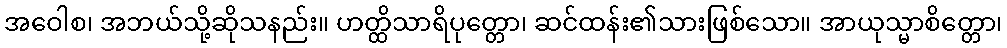
အဝေါစ၊ အဘယ်သို့ဆိုသနည်း။ ဟတ္ထိသာရိပုတ္တော၊ ဆင်ထန်း၏သားဖြစ်သော။ အာယုသ္မာစိတ္တော၊